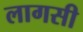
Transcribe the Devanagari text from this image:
लागसी